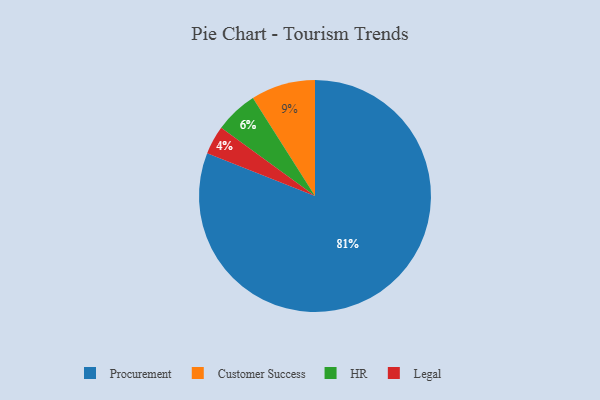
{"axis": {"x": "Category", "y": "Percentage"}, "legend": ["Customer Success", "HR", "Legal", "Procurement"], "data": [{"x": "HR", "y": 6, "type": "HR"}, {"x": "Procurement", "y": 81, "type": "Procurement"}, {"x": "Legal", "y": 4, "type": "Legal"}, {"x": "Customer Success", "y": 9, "type": "Customer Success"}]}